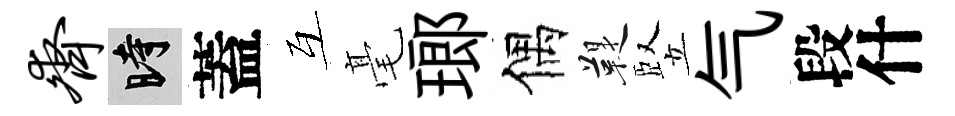
齐时蓋互毫瑯偶鞮竪气段什